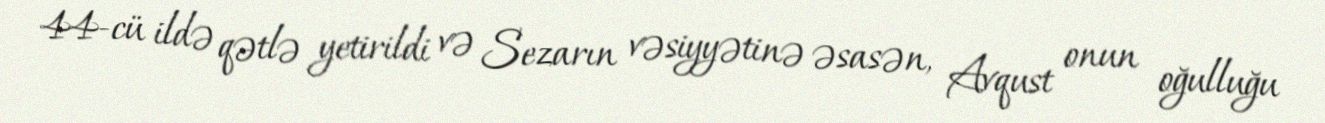
44-cü ildə qətlə yetirildi və Sezarın vəsiyyətinə əsasən, Avqust onun oğulluğu